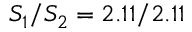
S _ { 1 } / S _ { 2 } = 2 . 1 1 / 2 . 1 1